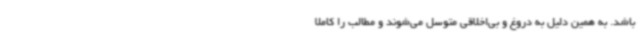
باشد. به همین دلیل به دروغ و بی‌اخلاقی متوسل می‌شوند و مطالب را کاملاً